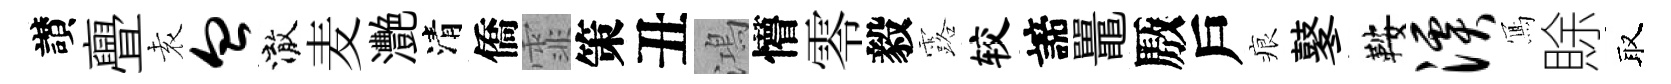
讃亹𡊮血澈麦灧清僑霏策丑鴻懵零毅露较諦鼉厫戶痕鼕鞍溪𭂁賖取